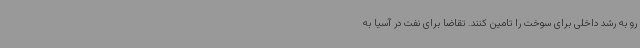
رو به رشد داخلی برای سوخت را تامین کنند. تقاضا برای نفت در آسیا به